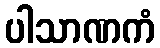
ပါသာဏကံ